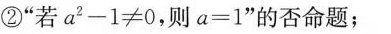
②”若$$a^{2}-1≠0，则a=1”$$的否命题；